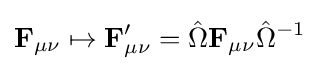
\mathbf {F} _{\mu \nu }\mapsto \mathbf {F} _{\mu \nu }'={\hat {\Omega }}\mathbf {F} _{\mu \nu }{\hat {\Omega }}^{-1}